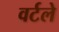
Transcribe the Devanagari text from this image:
वर्टले